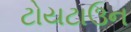
ટોયટાઉન